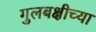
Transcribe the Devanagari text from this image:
गुलबक्षीच्या